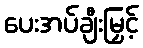
ပေးအပ်ချီးမြှင့်